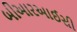
બીઆરઆઈસી